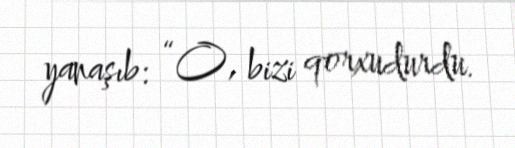
yanaşıb: “O, bizi qorxudurdu.